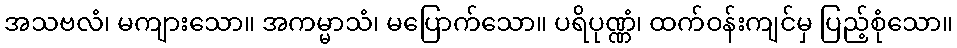
အသဗလံ၊ မကျားသော။ အကမ္မာသံ၊ မပြောက်သော။ ပရိပုဏ္ဏံ၊ ထက်ဝန်းကျင်မှ ပြည့်စုံသော။